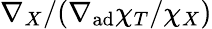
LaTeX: \nabla_{X}/(\nabla_{\mathrm{ad}}\chi_{T}/\chi_{X})